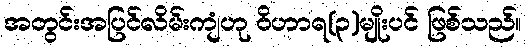
အတွင်းအပြင်လိမ်းကျံဟု ဝိဟာရ(၃)မျိုးပင် ဖြစ်သည်။